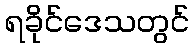
ရခိုင်ဒေသတွင်